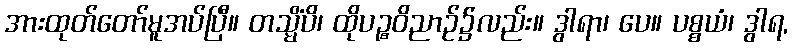
အားထုတ်တော်မူအပ်ပြီ။ တသ္မိံပိ၊ ထိုပဉ္စဝိညာဉ်၌လည်း။ ဒွါရာ၊ ပေ။ ပစ္စယံ၊ ဒွါရ,